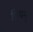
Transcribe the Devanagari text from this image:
प्रियम्‌